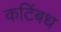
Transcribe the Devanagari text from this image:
कटिंबध